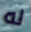
له